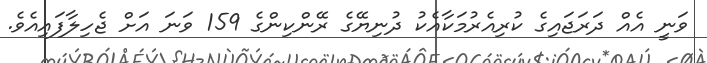
ވަނީ އެއް ދަރަޖައިގެ ކުރިއެރުމަކާއެކު ދުނިޔޭގެ ރޭންކިންގެ 159 ވަނަ އަށް ޖެހިލާފައިއެވެ.